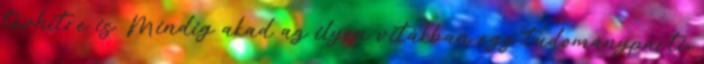
tévhitre is. Mindig akad az ilyen vitákban egy tudománypárti,